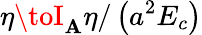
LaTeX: \eta\toI_{\mathbf{A}}\eta/\left(a^{2}E_{c}\right)